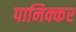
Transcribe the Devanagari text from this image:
पानिक्कर